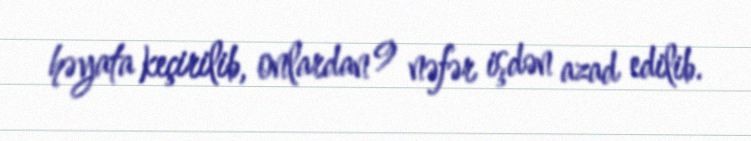
həyata keçirilib, onlardan 9 nəfər işdən azad edilib.